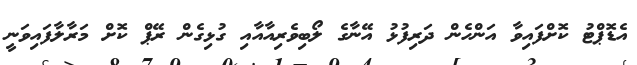
އެޑޮޕްޓު ކޮށްފައިވާ އަންހެން ދަރިފުޅު އޭނާގެ ލޯބިވެރިއާއާއި ގުޅިގެން ރޭޕް ކޮށް މަރާލާފައިވަނީ